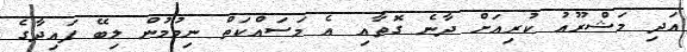
އަދި މަޝްރޫއު ކުރިއަށް ދާނެ ގޮތާއި އެ މަސައްކަތް ނިމުމުން ލިބޭ ފައިދާގެ